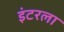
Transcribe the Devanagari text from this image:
इंटरला